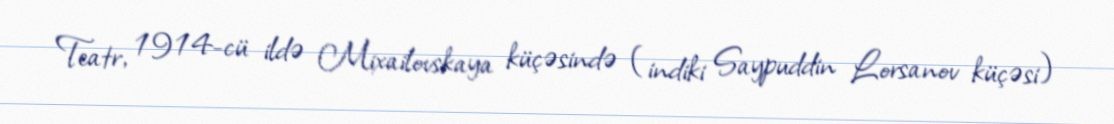
Teatr, 1914-cü ildə Mixailovskaya küçəsində (indiki Saypuddin Lorsanov küçəsi)